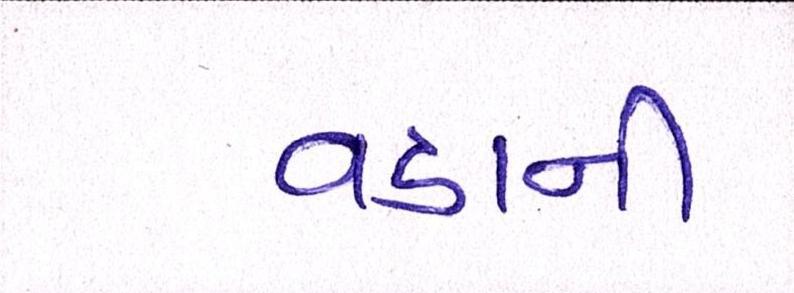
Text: વડાની